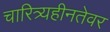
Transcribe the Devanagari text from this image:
चारित्र्यहीनतेवर